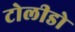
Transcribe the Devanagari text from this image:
टोलीडो